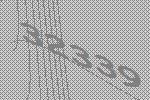
32339